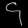
Digit: ၄